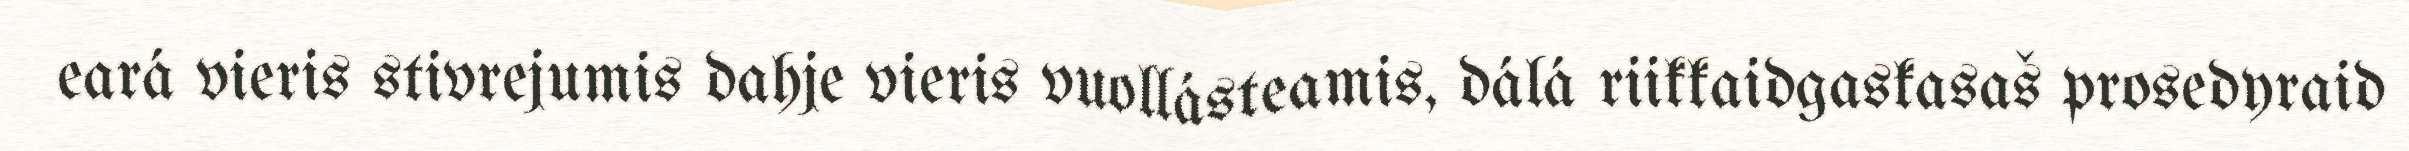
eará vieris stivrejumis dahje vieris vuollásteamis, dálá riikkaidgaskasaš prosedyraid